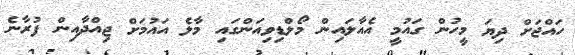
ހައްޖަށް ދިޔަ މީހުން ގައުމީ އެއާލައިން މޯލްޑިވިއަންގައި މާލެ އައުމަށް ޖިއްދާއިން ފުރާނެ